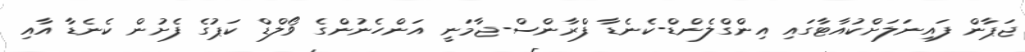
ޖަޕާން ފައިނަލަށްކުއާޓާގައި އިންގްލެންޑް-ކެނެޑާ ފްރާންސް-ޖާމަނީ އަންހެނުންގެ ވޯލްޑް ކަޕުގެ ފެށުން ކެނެޑާ އާއި